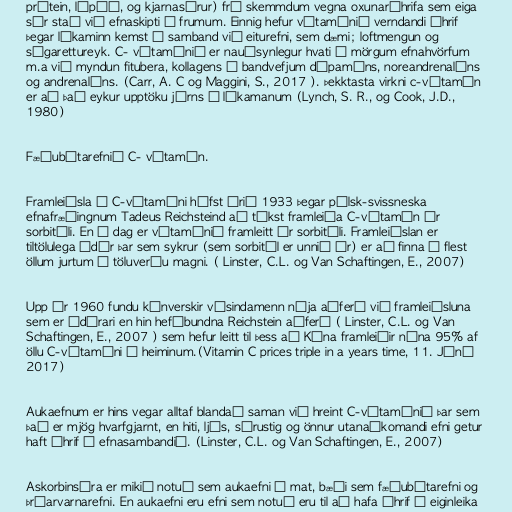
prótein, lípíð, og kjarnasýrur) frá skemmdum vegna oxunaráhrifa sem eiga
sér stað við efnaskipti í frumum. Einnig hefur vítamínið verndandi áhrif
þegar líkaminn kemst í samband við eiturefni, sem dæmi; loftmengun og
sígarettureyk. C- vítamínið er nauðsynlegur hvati í mörgum efnahvörfum
m.a við myndun fitubera, kollagens í bandvefjum dópamíns, noreandrenalíns
og andrenalíns. (Carr, A. C og Maggini, S., 2017 ). Þekktasta virkni c-vítamín
er að það eykur upptöku járns í líkamanum (Lynch, S. R., og Cook, J.D.,
1980)

Fæðubótarefnið C- vítamín.

Framleiðsla á C-vítamíni hófst árið 1933 þegar pólsk-svissneska
efnafræðingnum Tadeus Reichsteind að tókst framleiða C-vítamín úr
sorbitóli. En í dag er vítamínið framleitt úr sorbitóli. Framleiðslan er
tiltölulega ódýr þar sem sykrur (sem sorbitól er unnið úr) er að finna í flest
öllum jurtum í töluverðu magni. ( Linster, C.L. og Van Schaftingen, E., 2007)

Upp úr 1960 fundu kínverskir vísindamenn nýja aðferð við framleiðsluna
sem er ódýrari en hin hefðbundna Reichstein aðferð ( Linster, C.L. og Van
Schaftingen, E., 2007 ) sem hefur leitt til þess að Kína framleiðir núna 95% af
öllu C-vítamíni í heiminum.(Vitamin C prices triple in a years time, 11. Júní
2017)

Aukaefnum er hins vegar alltaf blandað saman við hreint C-vítamínið þar sem
það er mjög hvarfgjarnt, en hiti, ljós, sýrustig og önnur utanaðkomandi efni getur
haft áhrif á efnasambandið. (Linster, C.L. og Van Schaftingen, E., 2007)

Askorbinsýra er mikið notuð sem aukaefni í mat, bæði sem fæðubótarefni og
þráarvarnarefni. En aukaefni eru efni sem notuð eru til að hafa áhrif á eiginleika